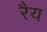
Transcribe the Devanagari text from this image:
रैय